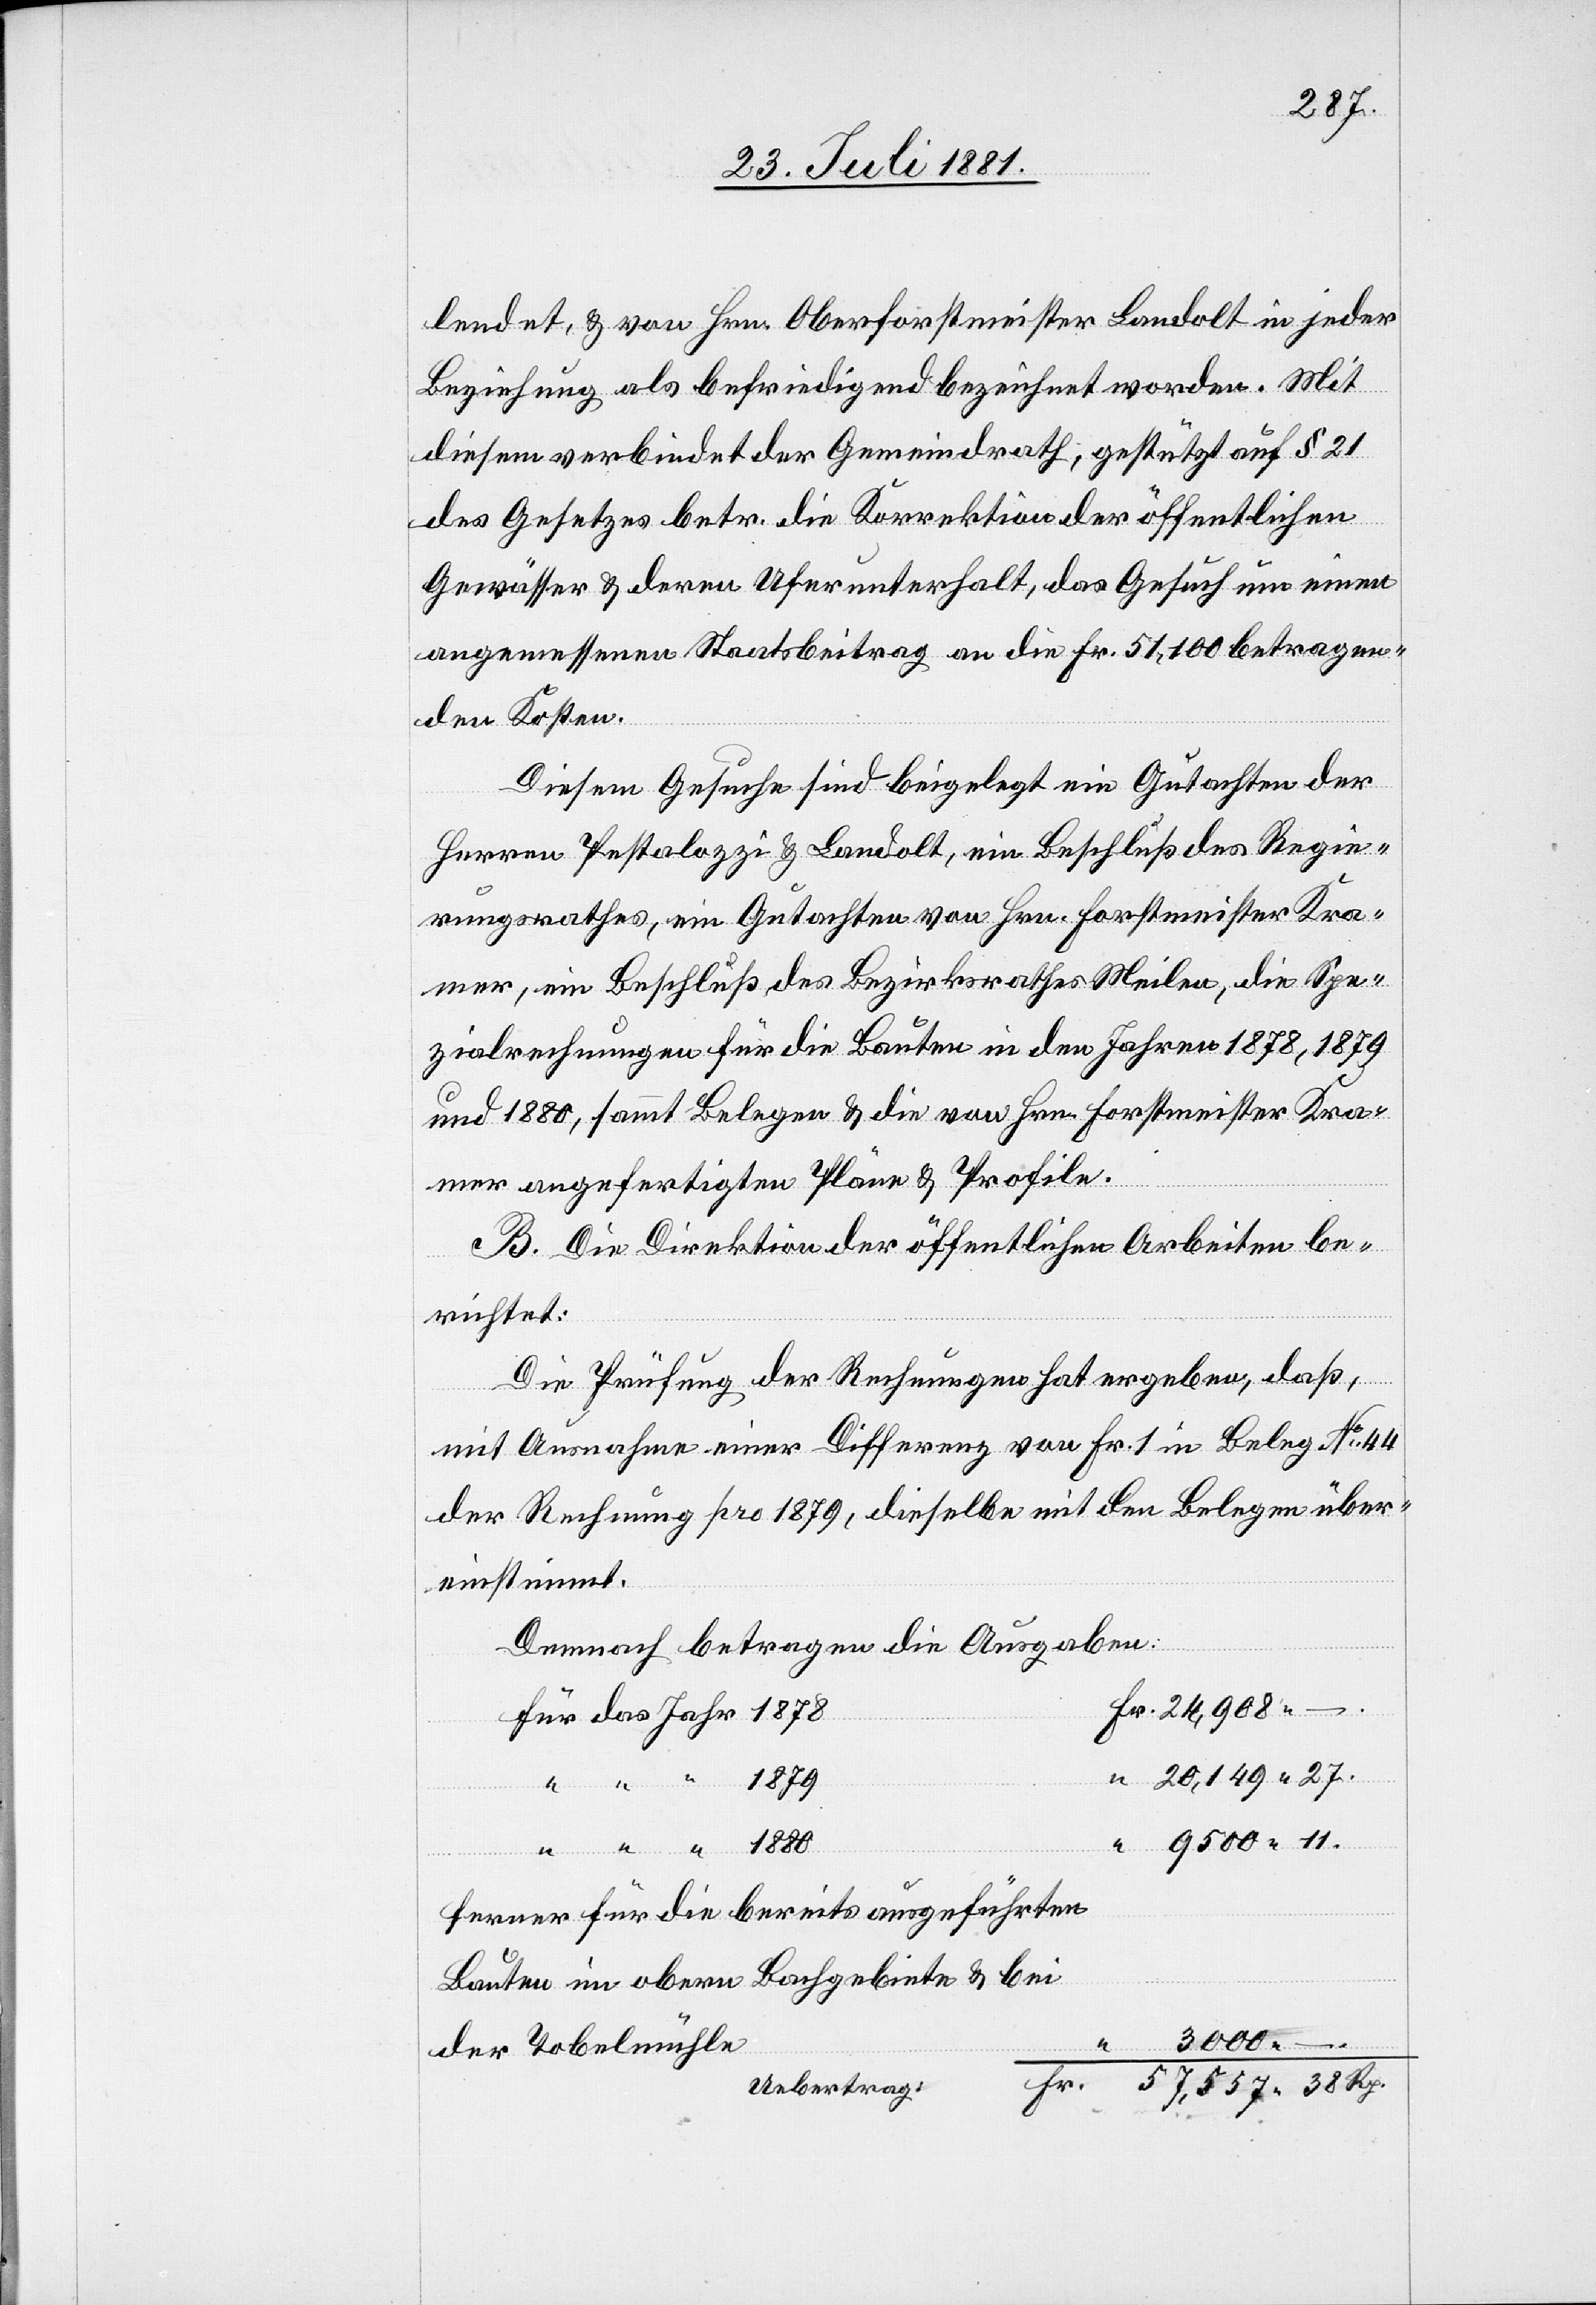
lendet, & von Hrn. Oberforstmeister Landolt in jeder
Beziehung als befriedigend bezeichnet worden. Mit
diesem verbindet der Gemeindrath, gestützt auf § 21
des Gesetzes betr. die Korrektion der öffentlichen
Gewässer & deren Uferunterhalt, das Gesuch um einen
angemessenen Staatsbeitrag an die Fr. 51,100 betragen¬
den Kosten.
Diesem Gesuche sind beigelegt ein Gutachten der
Herren Pestalozzi & Landolt, ein Beschluß des Regie¬
rungsrathes, ein Gutachten von Hr. Forstmeister Kra¬
mer, ein Beschluß des Regierungsrathes Meilen, die Spe¬
zialrechnungen für die Bauten in den Jahren 1878, 1879
und 1880, sammt Belegen & die von Hrn. Forstmeister Kra¬
mer angefertigten Pläne & Profile.
B. Die Direktion der öffentlichen Arbeiten be¬
27.
richtet:
Die Prüfung der Rechnungen hat ergeben, daß,
mit Ausnahme einer Differenz von Fr. 1 in Beleg No 44
der Rechnung pro 1879, dieselbe mit den Belegen über¬
einstimmt.
Demnach betragen die Ausgaben:
1879
9500 11.
1880
ferner für die bereits ausgeführten
Bauten im obern Bachgebiete & bei
3000.
der Tobelmühle